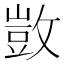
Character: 敳